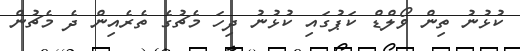
ކުޅުނު ތިން ވޯލްޑް ކަޕުގައި ކުޅުނު ދިހަ މެޗުގެ ތެރެއިން ދެ މެޗުން